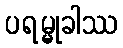
ပရမ္မုခါဿ